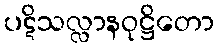
ပဋိသလ္လာနဝုဋ္ဌိတော